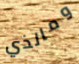
ومالذي